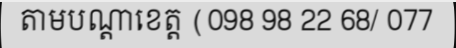
តាមបណ្តាខេត្ត (098 98 22 68/ 077